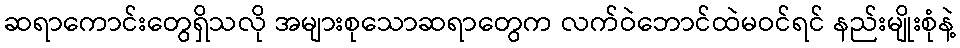
ဆရာကောင်းတွေရှိသလို အများစုသောဆရာတွေက လက်ဝဲဘောင်ထဲမဝင်ရင် နည်းမျိုးစုံနဲ့